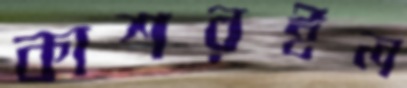
কাশরইল